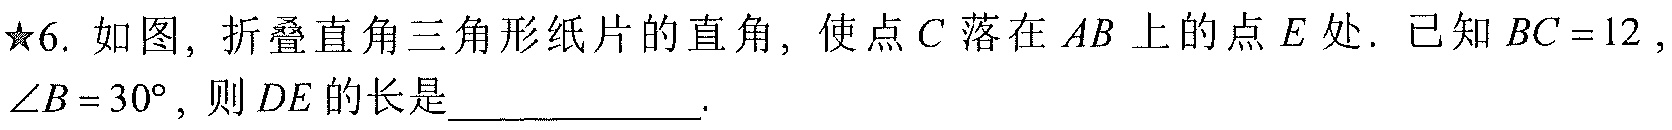
★6. 如图，折叠直角三角形纸片的直角，使点$C$落在$AB$上的点$E$处. 已知$BC = 12$，$\angle B = 30^{\circ}$，则$DE$的长是____________.